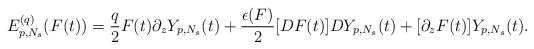
\begin{align*}E_{p,N_s}^{(q)}(F(t))=\frac{q}{2}F(t)\partial_zY_{p,N_s}(t)+\frac{\epsilon(F)}{2}[D F(t)]DY_{p,N_s}(t)+[\partial_zF(t)]Y_{p,N_s}(t).\end{align*}